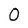
Character: O